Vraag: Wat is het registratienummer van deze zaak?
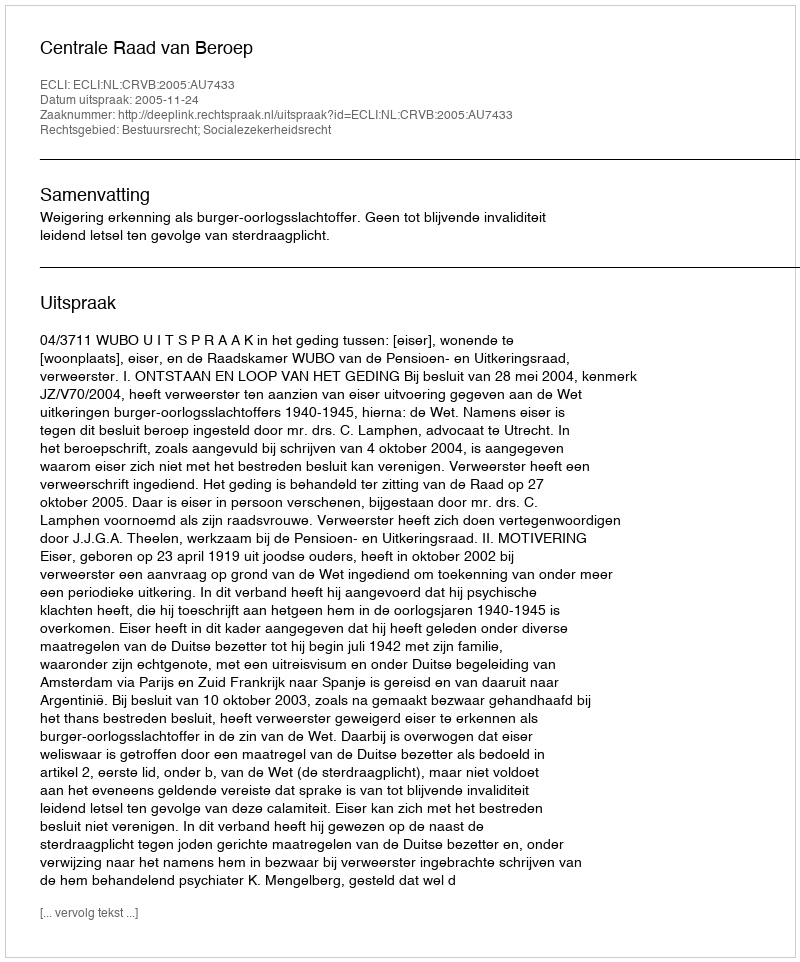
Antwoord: http://deeplink.rechtspraak.nl/uitspraak?id=ECLI:NL:CRVB:2005:AU7433